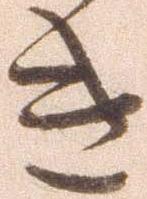
き